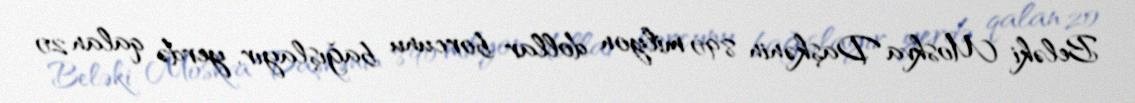
Beləki Moskva Daşkənin 890 milyon dollar borcunu bağışlayır, yerdə qalan 20